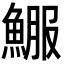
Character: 𩸤